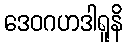
ဒေဝဂဟဒါရူနိ